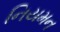
નિયમન